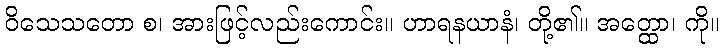
ဝိသေသတော စ၊ အားဖြင့်လည်းကောင်း။ ဟာရနယာနံ၊ တို့၏။ အတ္ထော၊ ကို။